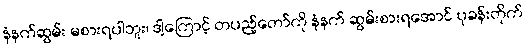
နံနက်ဆွမ်း မစားရပါဘူး၊ ဒါ့ကြောင့် တပည့်တော်ကို နံနက် ဆွမ်းစားရအောင် ပုခန်းတိုက်